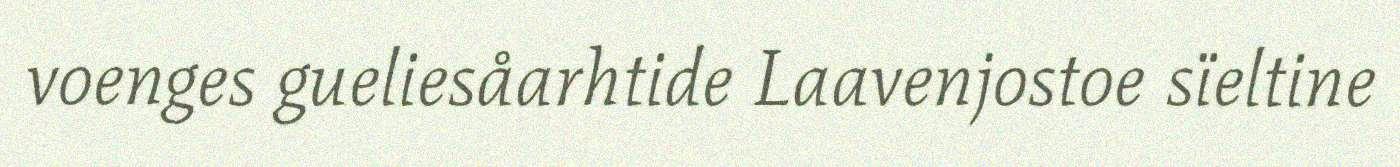
voenges gueliesåarhtide Laavenjostoe sïeltine